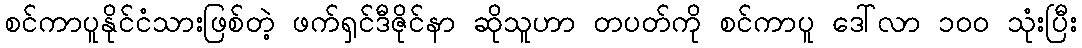
စင်ကာပူနိုင်ငံသားဖြစ်တဲ့ ဖက်ရှင်ဒီဇိုင်နာ ဆိုသူဟာ တပတ်ကို စင်ကာပူ ဒေါ်လာ ၁၀၀ သုံးပြီး